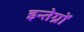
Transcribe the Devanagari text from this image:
इन्तेग्रों